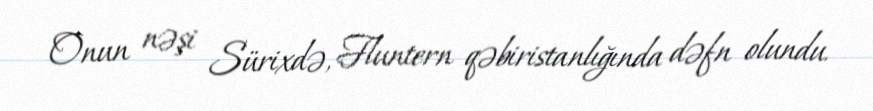
Onun nəşi Sürixdə, Fluntern qəbiristanlığında dəfn olundu.